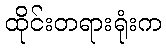
ထိုင်းတရားရုံးက